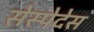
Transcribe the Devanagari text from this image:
सेस्पेदेस